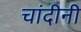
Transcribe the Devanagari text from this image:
चांदीनी